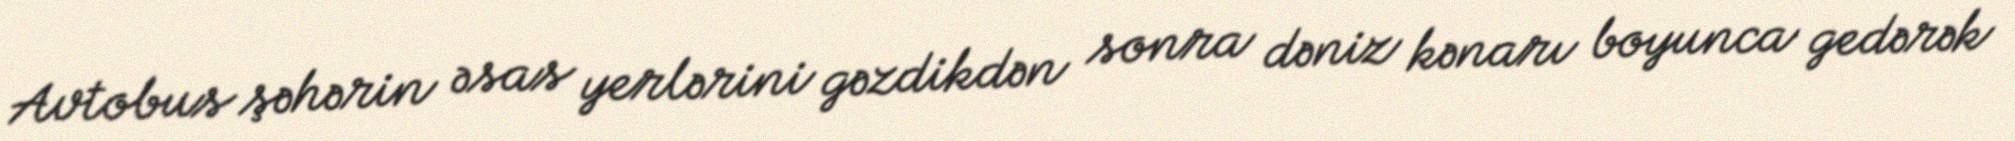
Avtobus şəhərin əsas yerlərini gəzdikdən sonra dəniz kənarı boyunca gedərək